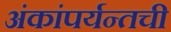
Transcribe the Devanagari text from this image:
अंकांपर्यन्तची